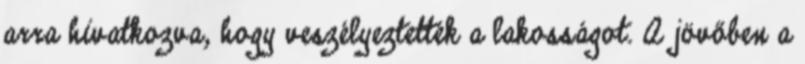
arra hivatkozva, hogy veszélyeztették a lakosságot. A jövőben a